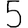
Digit: 5